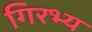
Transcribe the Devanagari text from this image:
गिरभ्य